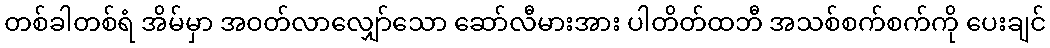
တစ်ခါတစ်ရံ အိမ်မှာ အဝတ်လာလျှော်သော ဆော်လီမားအား ပါတိတ်ထဘီ အသစ်စက်စက်ကို ပေးချင်